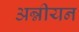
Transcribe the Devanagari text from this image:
अन्नीयन